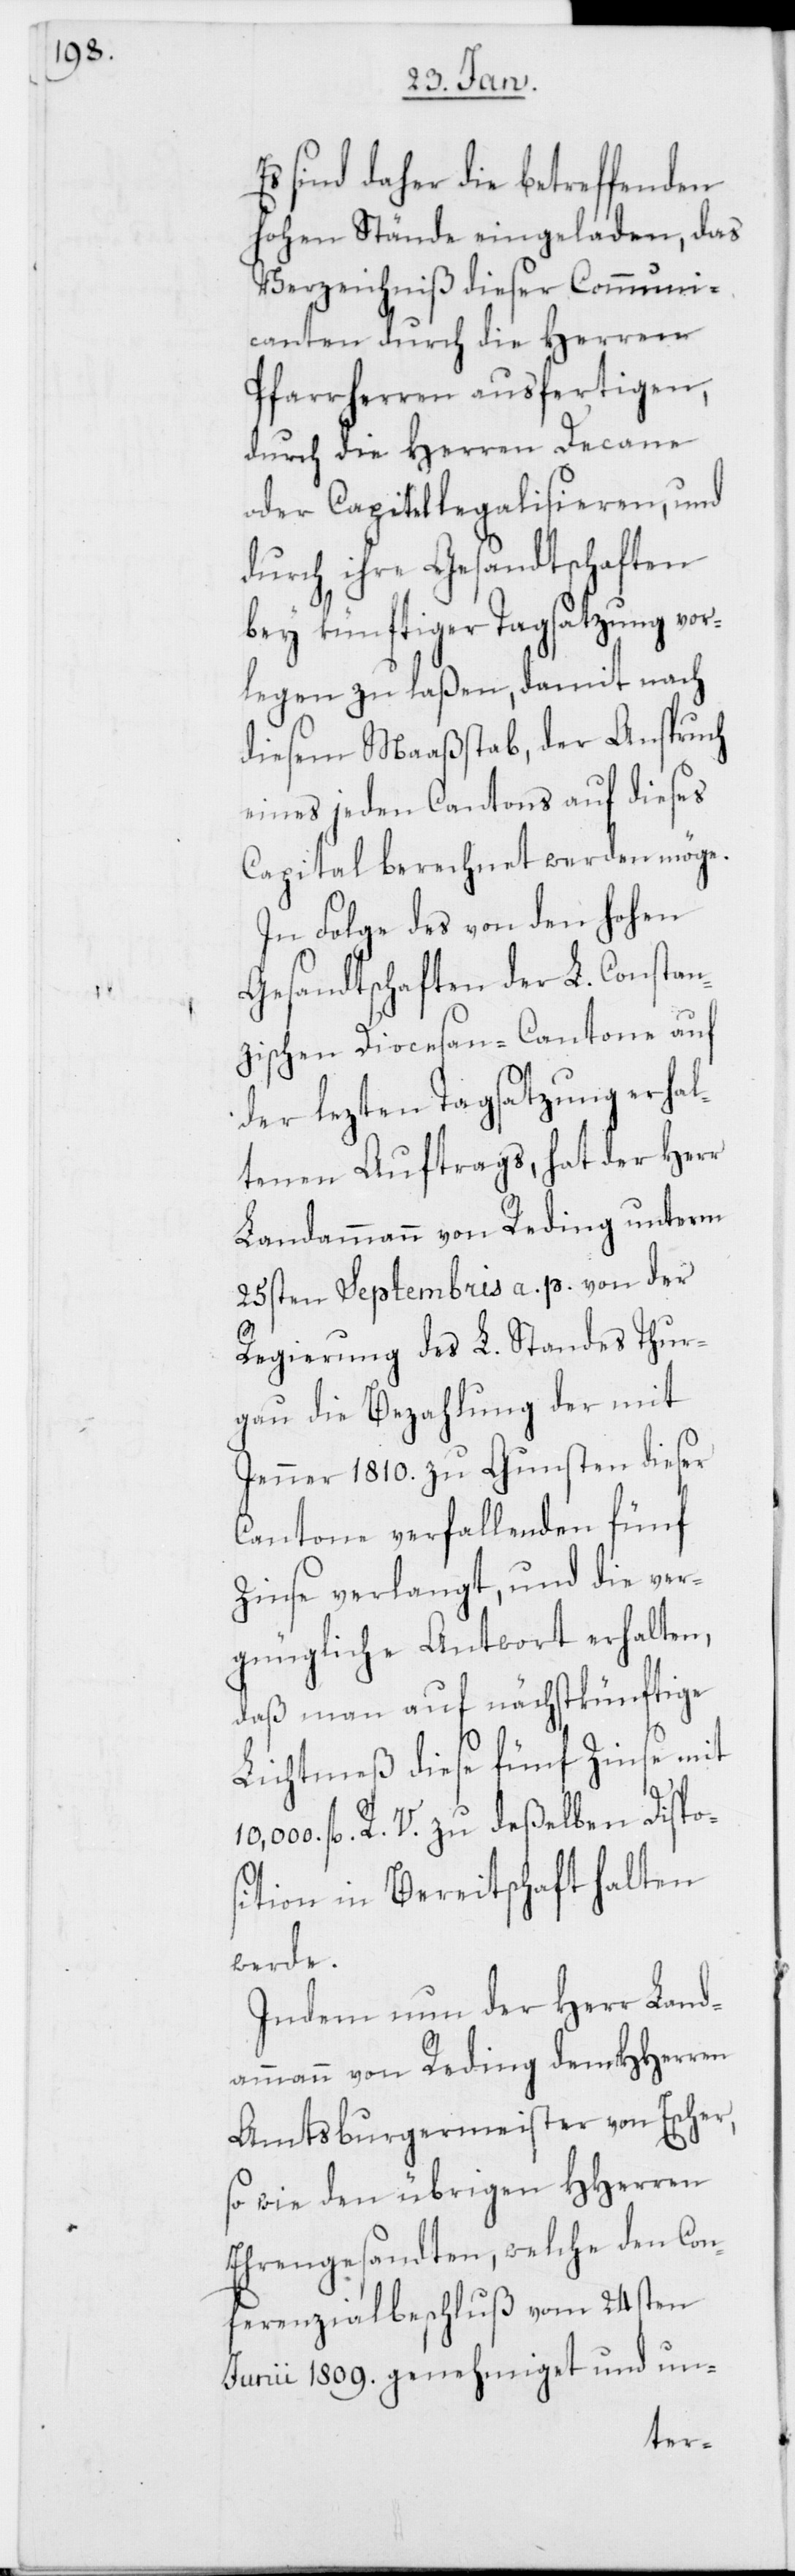
Es sind daher die betreffenden
hohen Stände eingeladen, das
Verzeichniß dieser Communi¬
canten durch die Herren
Pfarrherren ausfertigen,
durch die Herren Decane
oder Capitel legalisieren, und
durch ihre Gesandtschaften
bey künftiger Tagsatzung vor¬
legen zu laßen, damit nach
diesem Maaßstab, der Anspruch
eines jeden Cantons auf dieses
Capital berechnet werden möge.
In Folge des von den hohen
Gesandtschaften der L. Constan¬
zischen Diocesan-Cantone auf
der lezten Tagsatzung erhal¬
tenen Auftrags, hat der Herr
Landammann von Reding unterm
25sten Septembris a. p. von der
Regierung des L. Standes Thur¬
gau die Bezahlung der mit
Jenner 1810. zu Gunsten dieser
Cantone verfallenden fünf
Zinse verlangt, und die ver¬
gnügliche Antwort erhalten,
daß man auf nächstkünftige
Lichtmeß diese fünf Zinse mit
10,000 fl. R. V. zu deßelben Dispos¬
ition in Bereitschaft halten
werde.
Indem nun der Herr Land¬
ammann von Reding dem HHerren
Amtsburgermeister von Escher,
so wie den übrigen HHerren
Ehrengesandten, welche den Con¬
ferenzialbeschluß vom 24sten
Junii 1809. genehmiget und un-